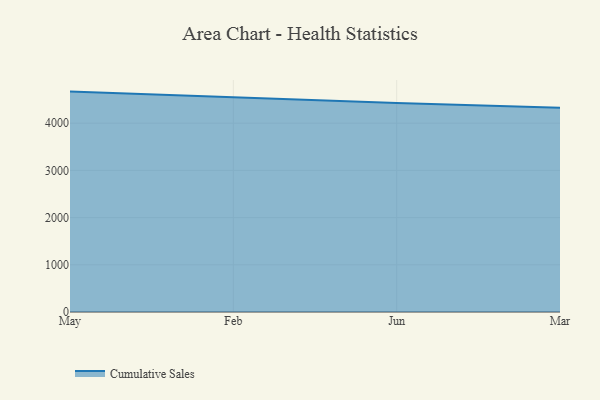
{"axis": {"x": "Month", "y": "Inventory Turnover"}, "legend": ["Cumulative Sales"], "data": [{"x": "May", "y": 4669.2, "type": "Cumulative Sales"}, {"x": "Feb", "y": 4546.8, "type": "Cumulative Sales"}, {"x": "Jun", "y": 4428.9, "type": "Cumulative Sales"}, {"x": "Mar", "y": 4325.0, "type": "Cumulative Sales"}]}